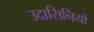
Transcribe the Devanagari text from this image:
उदासिनियों